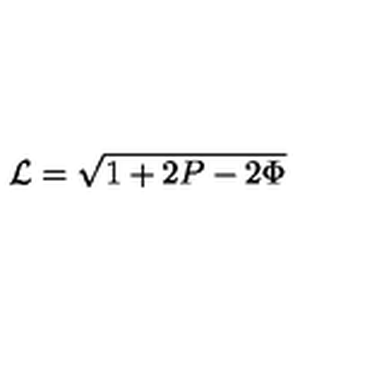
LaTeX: { \cal L } = \sqrt { 1 + 2 P - 2 \Phi }